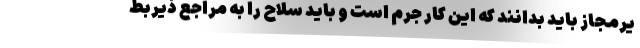
یرمجاز باید بدانند که این کار جرم است و باید سلاح را به مراجع ذیربط